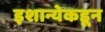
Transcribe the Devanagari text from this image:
इशान्येकडून